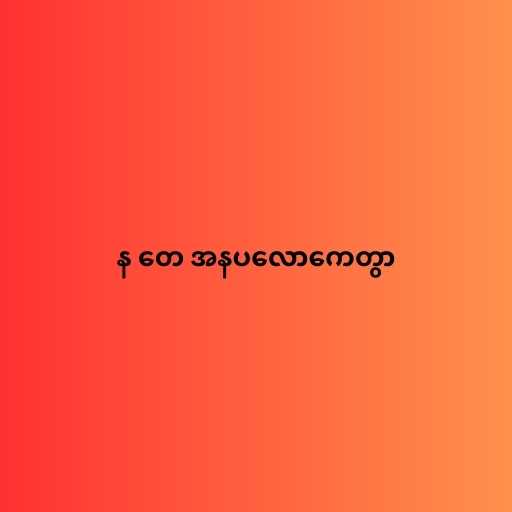
န တေ အနပလောကေတွာ